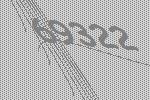
69322